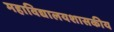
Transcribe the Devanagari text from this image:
महाविद्यालयशासकीय